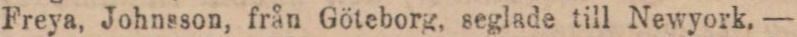
Freya, Johnsson, från Göteborg, seglade till Newyork. —